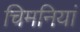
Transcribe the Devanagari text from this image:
चिमनियां